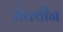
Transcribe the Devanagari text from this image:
मेक्वीन